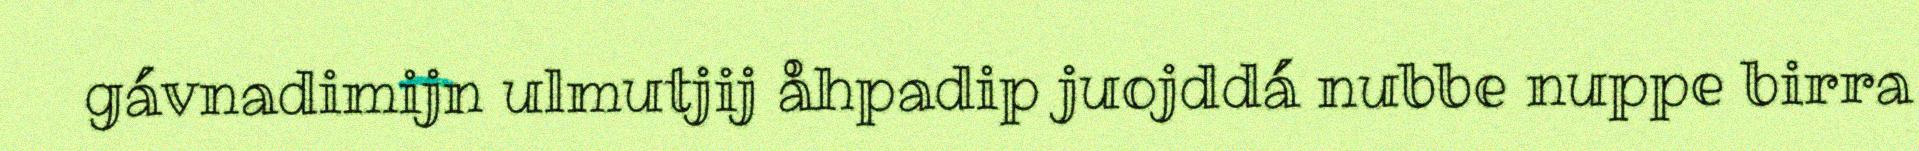
gávnadimijn ulmutjij åhpadip juojddá nubbe nuppe birra